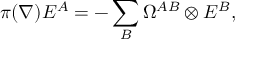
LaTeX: \pi ( \nabla ) E ^ { A } = - \sum _ { B } \Omega ^ { A B } \otimes E ^ { B } ,